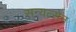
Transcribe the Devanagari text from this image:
सन्यत्सेन